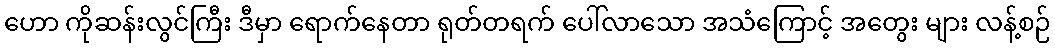
ဟော ကိုဆန်းလွင်ကြီး ဒီမှာ ရောက်နေတာ ရုတ်တရက် ပေါ်လာသော အသံကြောင့် အတွေး များ လန့်စဉ်